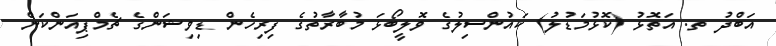
އަބްދު ތ. އަތޮޅު (ކޮޅުމަޑުލު) ކައުންސިލުގެ ވޮލީބޯޅަ މުބާރާތުގެ ފިރިހެން ޑިވިޝަންގެ ޗެމްޕިއަންކަން